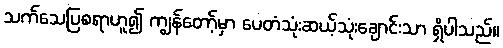
သက်သေပြစရာဟူ၍ ကျွန်တော့်မှာ ပေတံသုံးဆယ့်သုံးချောင်းသာ ရှိပါသည်။